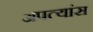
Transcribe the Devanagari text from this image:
अपत्यांस